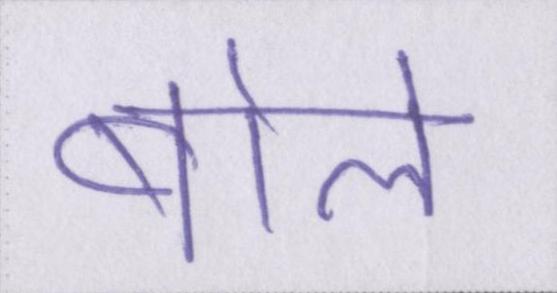
बोले